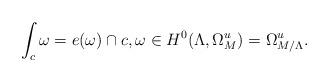
LaTeX: \begin{align*}\int_c \omega=e(\omega)\cap c,\omega\in H^0(\Lambda,\Omega_M^u)=\Omega_{M/\Lambda}^u.\end{align*}